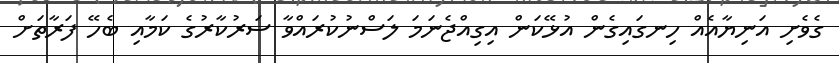
ގެވެށި އަނިޔާއެއް ހިނގައިގެން އުޅޭކަން އިގިއްޖެނަމަ ލަސްނުކުރައްވާ ސަރުކާރުގެ ކަމާއި ބެހޭ ފަރާތަށް